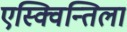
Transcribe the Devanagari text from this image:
एस्क्विन्तिला